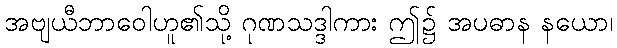
အဗျယီဘာဝေါဟူ၏သို့ ဂုဏသဒ္ဒါကား ဤ၌ အပဓာန နယော၊